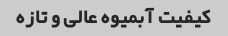
کیفیت آبمیوه عالی و تازه